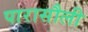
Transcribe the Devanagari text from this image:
पारासौली